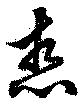
想